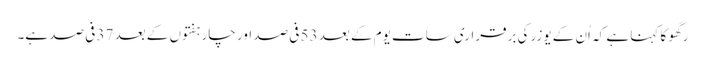
رگھو کا کہنا ہے کہ اُن کے یوزر کی برقراری سات یوم کے بعد 53 فی صد اور چار ہفتوں کے بعد 37 فی صد ہے۔